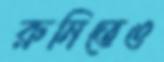
রুনিতেও